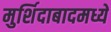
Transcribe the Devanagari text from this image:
मुर्शिदाबादमध्ये